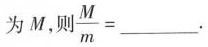
为M，则$$\frac { M } { m } = __$$.